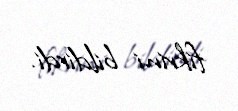
fikrini bildirdi.